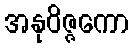
အနုဝိဇ္ဇကော